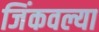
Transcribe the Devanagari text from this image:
जिंकवल्या